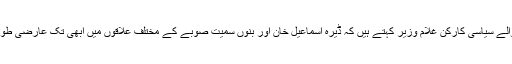
قبائلی علاقے شمالی وزیرستان سے تعلق رکھنے والے سیاسی کارکن غلام وزیر کہتے ہیں کہ ڈیرہ اسماعیل خان اور بنوں سمیت صوبے کے مختلف علاقوں میں ابھی تک عارضی طور پر بے گھر قبائلیوں کی ایک بڑی تعداد مقیم ہے۔